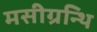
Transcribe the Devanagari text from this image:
मसीग्रन्थि